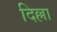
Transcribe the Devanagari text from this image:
दिल्ला